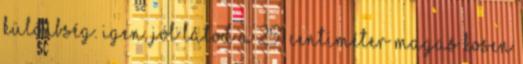
különbség. Igen, jól látod A 251 centiméter magas Kosen